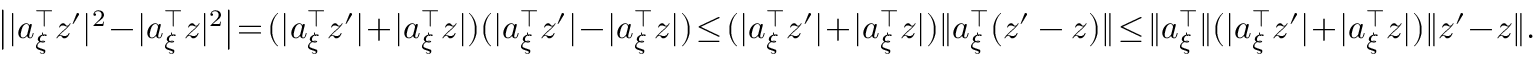
\begin{array} { r } { \big | | a _ { \xi } ^ { \top } z ^ { \prime } | ^ { 2 } \! - \! | a _ { \xi } ^ { \top } z | ^ { 2 } \big | \! = \! ( | a _ { \xi } ^ { \top } z ^ { \prime } | \! + \! | a _ { \xi } ^ { \top } z | ) ( | a _ { \xi } ^ { \top } z ^ { \prime } | \! - \! | a _ { \xi } ^ { \top } z | ) \! \le \! ( | a _ { \xi } ^ { \top } z ^ { \prime } | \! + \! | a _ { \xi } ^ { \top } z | ) \| a _ { \xi } ^ { \top } ( z ^ { \prime } - z ) \| \! \le \! \| a _ { \xi } ^ { \top } \| ( | a _ { \xi } ^ { \top } z ^ { \prime } | \! + \! | a _ { \xi } ^ { \top } z | ) \| z ^ { \prime } \! - \! z \| . } \end{array}